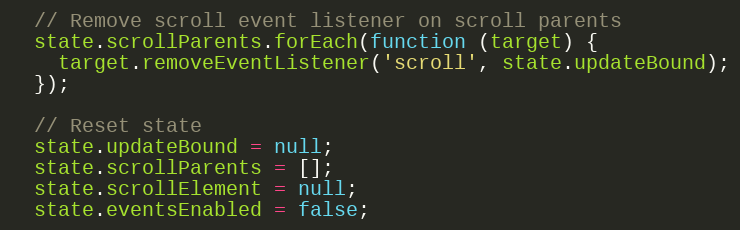
Language: JavaScript
  // Remove scroll event listener on scroll parents
  state.scrollParents.forEach(function (target) {
    target.removeEventListener('scroll', state.updateBound);
  });

  // Reset state
  state.updateBound = null;
  state.scrollParents = [];
  state.scrollElement = null;
  state.eventsEnabled = false;